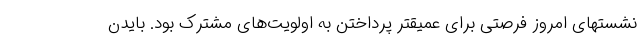
نشستهای امروز فرصتی برای عمیقتر پرداختن به اولویت‌های مشترک بود. بایدن